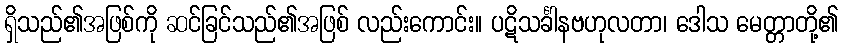
ရှိသည်၏အဖြစ်ကို ဆင်ခြင်သည်၏အဖြစ် လည်းကောင်း။ ပဋိသင်္ခါနဗဟုလတာ၊ ဒေါသ မေတ္တာတို့၏